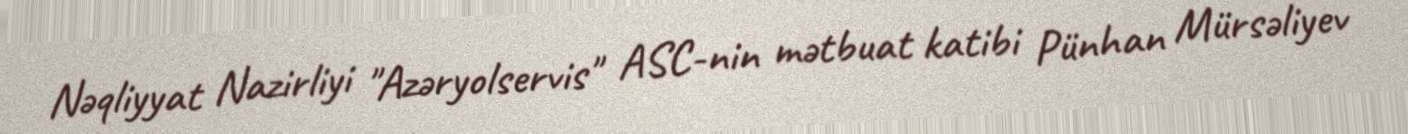
Nəqliyyat Nazirliyi "Azəryolservis" ASC-nin mətbuat katibi Pünhan Mürsəliyev